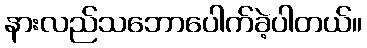
နားလည်သဘောပေါက်ခဲ့ပါတယ်။